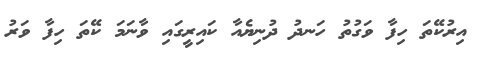
އިރުކޭތަ ހިފާ ވަގުތު ހަނދު ދުނިޔެއާ ކައިރީގައި ވާނަމަ ކޭތަ ހިފާ ވަރު